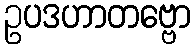
ဥပဒဟာတဗ္ဗော